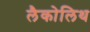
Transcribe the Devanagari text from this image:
लैकोलिथ